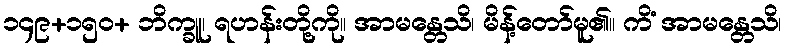
၁၄၉+၁၅၀+ ဘိက္ခူ၊ ရဟန်းတို့ကို။ အာမန္တေသိ၊ မိန့်တော်မူ၏။ ကိံ အာမန္တေသိ၊